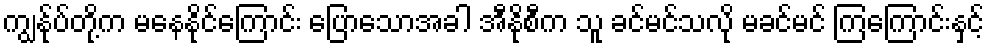
ကျွန်ုပ်တို့က မနေနိုင်ကြောင်း ပြောသောအခါ အီနိုစီက သူ ခင်မင်သလို မခင်မင် ကြကြောင်းနှင့်